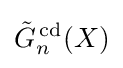
{\tilde {G}}_{n}^{\,{\text{cd}}}(X)